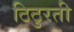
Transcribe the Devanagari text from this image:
ठिठुरती